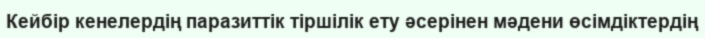
Кейбір кенелердің паразиттік тіршілік ету әсерінен мәдени өсімдіктердің